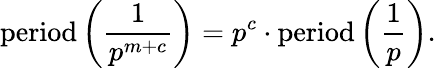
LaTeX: {\mathrm{period}}\left({\frac{1}{p^{m+c}}}\right)=p^{c}\cdot{\mathrm{period}}\left({\frac{1}{p}}\right).